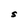
Character: S